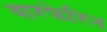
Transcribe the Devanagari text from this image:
वारफेरिन